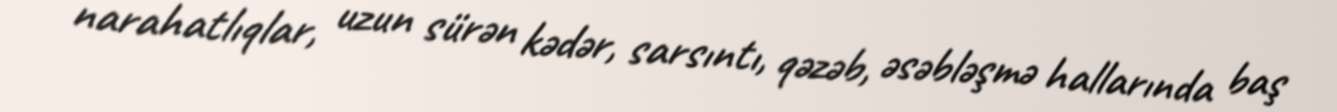
narahatlıqlar, uzun sürən kədər, sarsıntı, qəzəb, əsəbləşmə hallarında baş